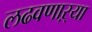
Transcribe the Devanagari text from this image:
लढवणाऱ्या